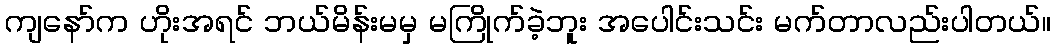
ကျနော်က ဟိုးအရင် ဘယ်မိန်းမမှ မကြိုက်ခဲ့ဘူး အပေါင်းသင်း မက်တာလည်းပါတယ်။